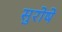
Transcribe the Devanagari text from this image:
सुरोषे